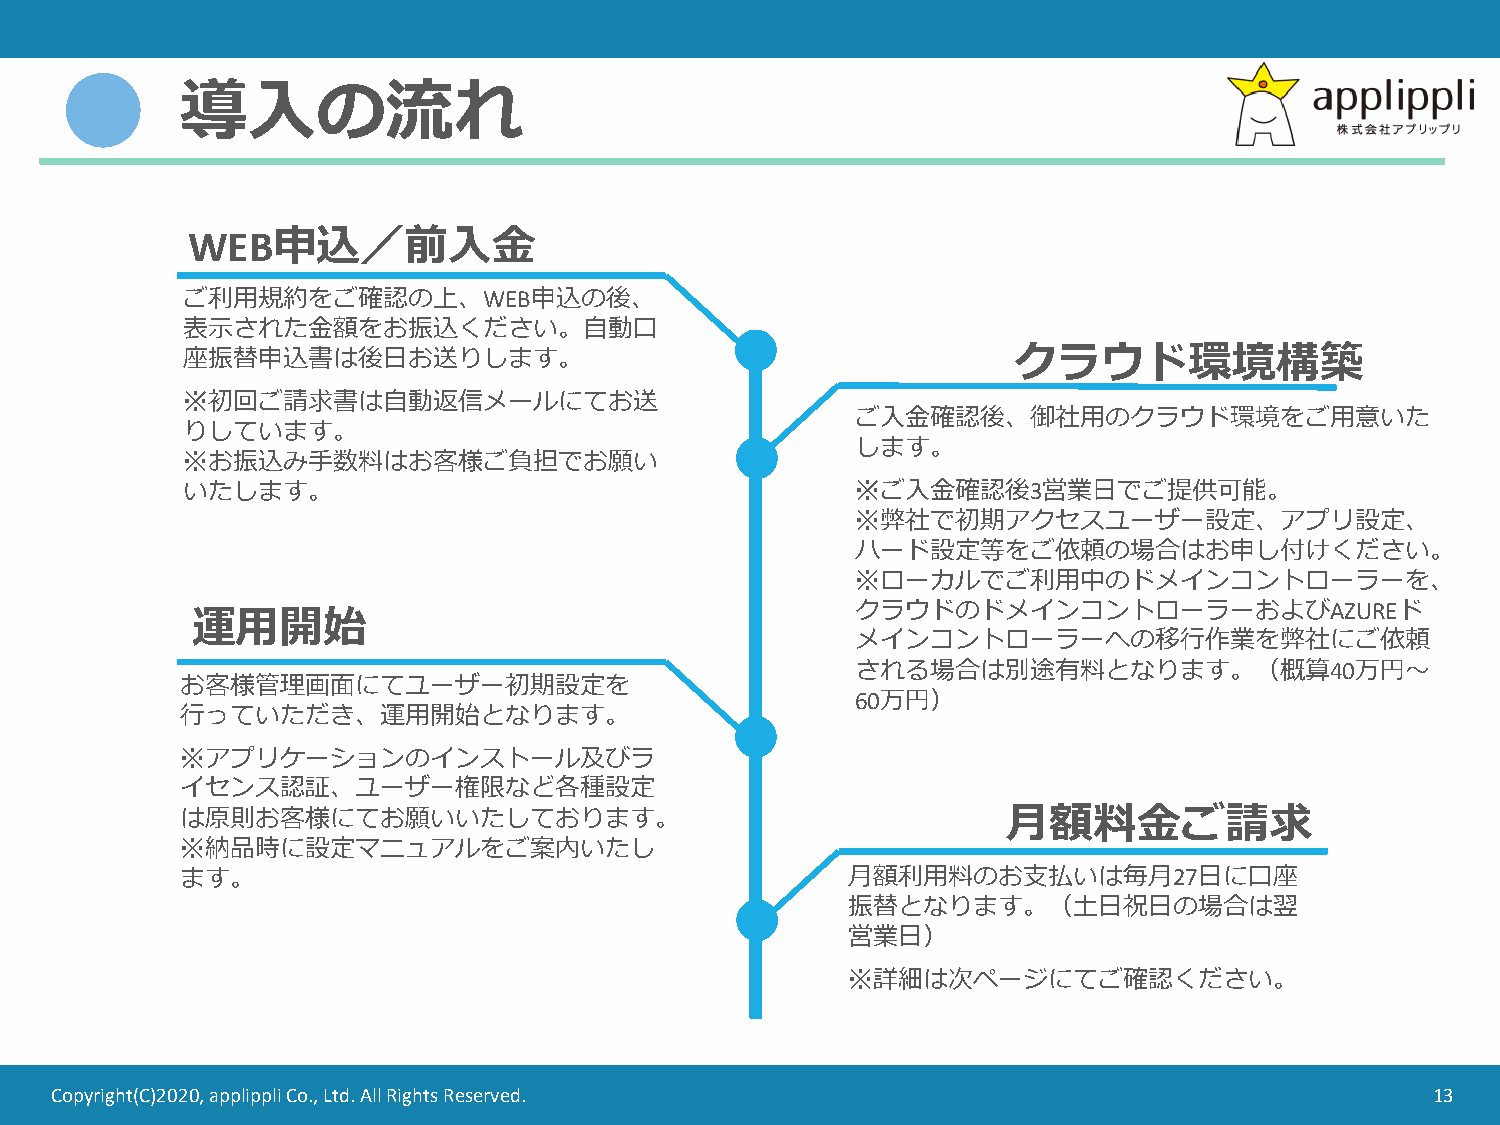
導入の流れ
 WEB申込／前入金
 ご利用規約をご確認の上、WEB申込の後、
 表示された金額をお振込ください。自動口
 座振替申込書は後日お送りします。                                       クラウド環境構築
 ※初回ご請求書は自動返信メールにてお送
 ご入金確認後、御社用のクラウド環境をご用意いた
 りしています。
 します。
 ※お振込み手数料はお客様ご負担でお願い
 いたします。                                       ※ご入金確認後3営業日でご提供可能。
 ※弊社で初期アクセスユーザー設定、アプリ設定、
 ハード設定等をご依頼の場合はお申し付けください。
 ※ローカルでご利用中のドメインコントローラーを、
 運用開始
 クラウドのドメインコントローラーおよびAZUREド
 メインコントローラーへの移行作業を弊社にご依頼
 される場合は別途有料となります。（概算40万円～
 お客様管理画面にてユーザー初期設定を
 60万円）
 行っていただき、運用開始となります。
 ※アプリケーションのインストール及びラ
 イセンス認証、ユーザー権限など各種設定
 は原則お客様にてお願いいたしております。                                   月額料金ご請求
 ※納品時に設定マニュアルをご案内いたし
 ます。                                         月額利用料のお支払いは毎月27日に口座
 振替となります。（土日祝日の場合は翌
 営業日）
 ※詳細は次ページにてご確認ください。
 Copyright(C)2020, applippli Co., Ltd. All Rights Reserved.                                  13